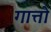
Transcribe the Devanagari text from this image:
गात्तो